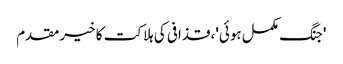
'جنگ مکمل ہوئی'، قذافی کی ہلاکت کا خیرمقدم